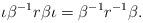
LaTeX: \begin{align*}\iota \beta^{-1} r \beta \iota =\beta^{-1} r^{-1} \beta.\end{align*}